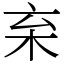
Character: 𣏋